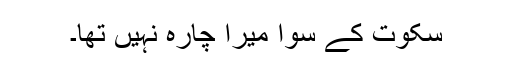
سکوت کے سوا میرا چارہ نہیں تھا۔